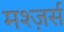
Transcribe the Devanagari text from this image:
मश्ज़र्स